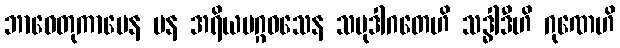
ဘာဝေတုကာမေန ပန အရိယမဂ္ဂဝသေန သမုဒါဂတေဟိ သဒ္ဓါဒီဟိ ဂုဏေဟိ